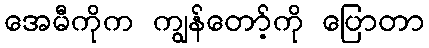
အေမီကိုက ကျွန်တော့်ကို ပြောတာ